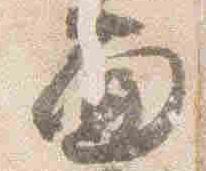
西